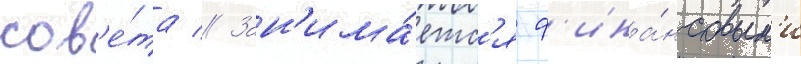
сов'е́та // Зан'има́етс'я ф'ина́нсовым'и